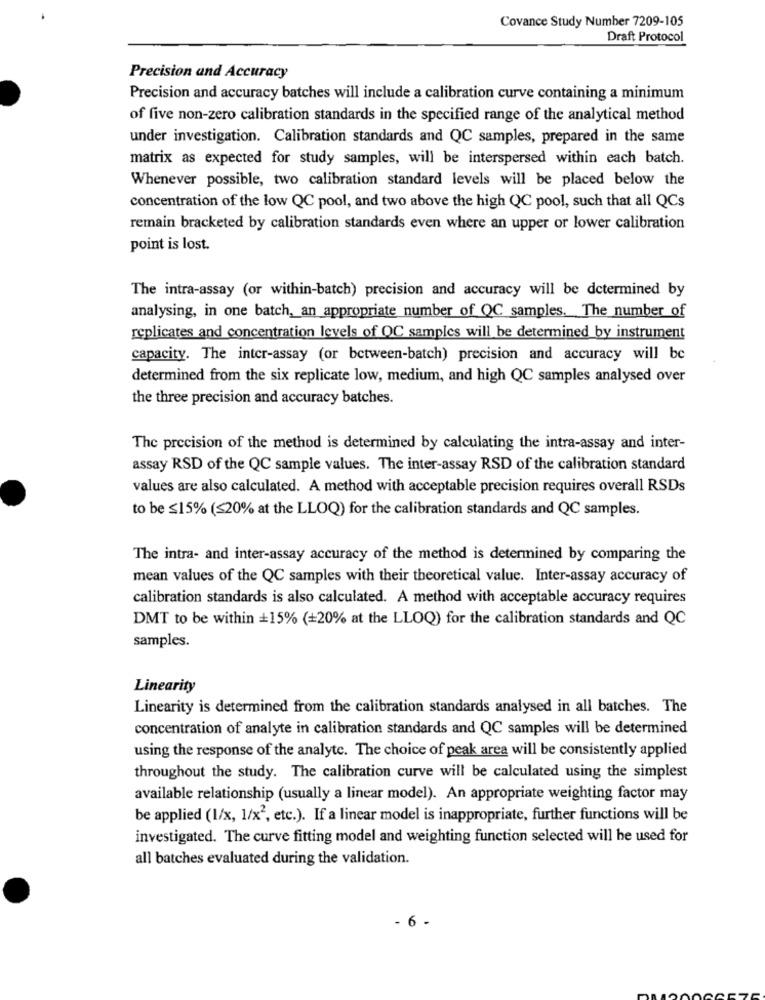
Covance Study Number 7209-105
Draft Protocol
Precision and Accuracy
Precision and accuracy batches will include a calibration curve containing a minimum
of five non-zero calibration standards in the specified range of the analytical method
under investigation. Calibration standards and QC samples, prepared in the same
matrix as expected for study samples, will be interspersed within each batch.
Whenever possible, two calibration standard levels will be placed below the
concentration of the low QC pool, and two above the high QC pool, such that all QCs
remain bracketed by calibration standards even where an upper or lower calibration
point is lost.
The intra-assay (or within-batch) precision and accuracy will be determined by
analysing, in one batch, an appropriate number of QC samples. The number of
replicates and concentration levels of QC samples will be determined by instrument
capacity. The inter-assay (or between-batch) precision and accuracy will be
determined from the six replicate low, medium, and high QC samples analysed over
the three precision and accuracy batches.
The precision of the method is determined by calculating the intra-assay and inter-
assay RSD of the QC sample values. The inter-assay RSD of the calibration standard
values are also calculated. A method with acceptable precision requires overall RSDs
to be ≤15% (≤20% at the LLOQ) for the calibration standards and QC samples.
The intra- and inter-assay accuracy of the method is determined by comparing the
mean values of the QC samples with their theoretical value. Inter-assay accuracy of
calibration standards is also calculated. A method with acceptable accuracy requires
DMT to be within +15% (+20% at the LLOQ) for the calibration standards and QC
samples.
Linearity
Linearity is determined from the calibration standards analysed in all batches. The
concentration of analyte in calibration standards and QC samples will be determined
using the response of the analyte. The choice of peak area will be consistently applied
throughout the study. The calibration curve will be calculated using the simplest
available relationship (usually a linear model). An appropriate weighting factor may
be applied (1/x, 1/x2, etc.). If a linear model is inappropriate, further functions will be
investigated. The curve fitting model and weighting function selected will be used for
all batches evaluated during the validation.
- 6 -